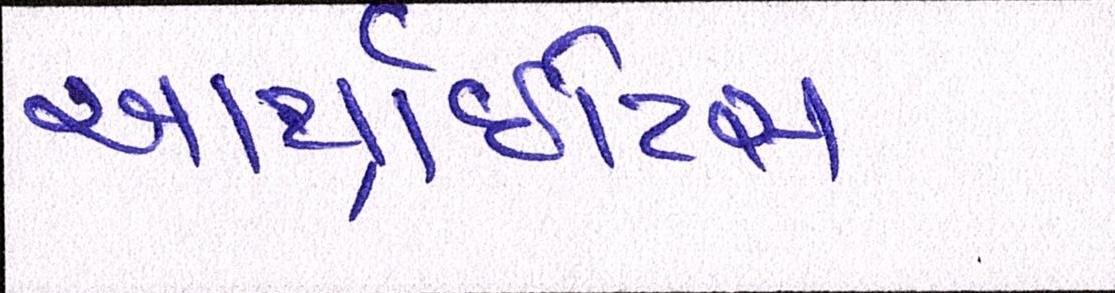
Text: આર્થ્રાઈટિસ